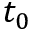
t _ { 0 }